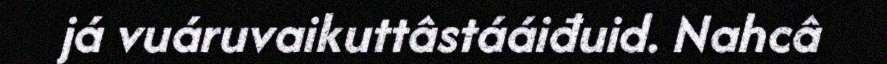
já vuáruvaikuttâstááiđuid. Nahcâ